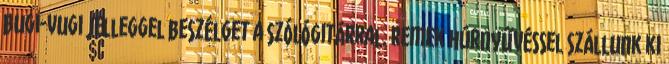
bugi-vugi jelleggel beszélget a szólógitárral. Remek húrnyűvéssel szállunk ki